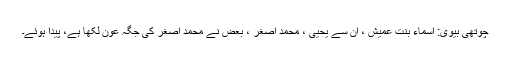
چوتھی بیوی: اسماء بنت عُمیش ، ان سے یحییٰ ، محمد اصغر ، بعض نے محمد اصغر کی جگہ عون لکھا ہے، پیدا ہوئے۔